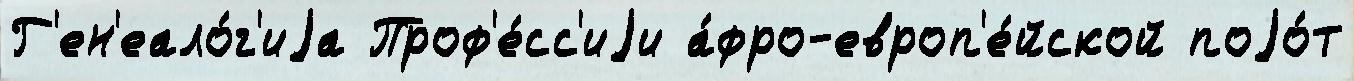
Г'ен'еало́г'иjа Проф'е́сс'иjи а́фро-европ'е́йской поjо́т